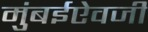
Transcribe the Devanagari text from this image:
मुंबईऐवजी